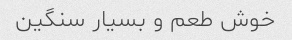
خوش طعم و بسیار سنگین